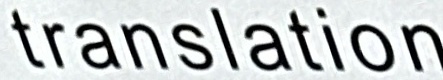
translation